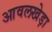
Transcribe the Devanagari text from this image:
आवलखेड़ा